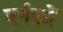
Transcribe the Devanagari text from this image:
वर्गकों